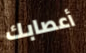
أعصابك